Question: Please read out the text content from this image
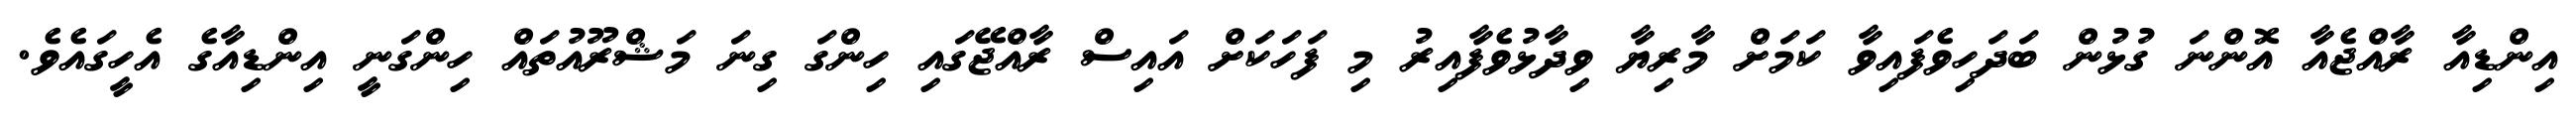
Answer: އިންޑިއާ ރާއްޖެއާ އޮންނަ ގުޅުން ބަދަހިވެފައިވާ ކަމަށް މާރިޔާ ވިދާޅުވެފާއިރު މި ފަހަކަށް އައިސް ރާއްޖޭގައި ހިންގަ ގިނަ މަޝްރޫއުތައް ހިންގަނީ އިންޑިއާގެ އެހީގައެވެ.